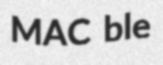
MAC ble